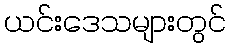
ယင်းဒေသများတွင်